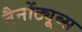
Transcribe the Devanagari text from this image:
नैनोंट्यूब्स